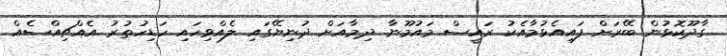
ގާދޫކޮޅުން ބޭރަށް ފައިއެޅުމާއެކު ރައީސް މައުމޫނާ ދިމާއަށް ދުނިޔޭގައި ލެއްވިހައި ހަޑިހުތުރު އެއްޗިއްސެއް